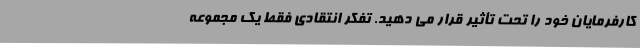
کارفرمایان خود را تحت تأثیر قرار می دهید. تفکر انتقادی فقط یک مجموعه